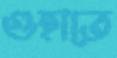
গুহাতে